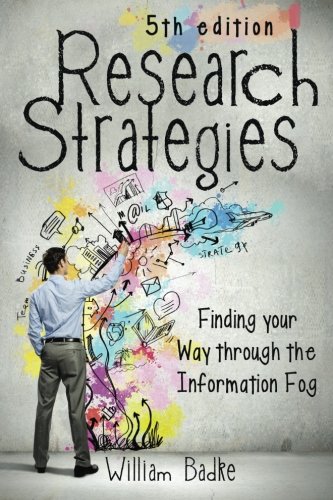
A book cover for Research Strategies: Finding Your Way Through the Information Fog, 5th Edition; William Badke; Politics & Social Sciences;